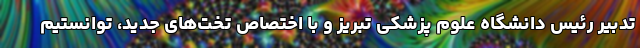
تدبیر رئیس دانشگاه علوم پزشکی تبریز و با اختصاص تخت‌های جدید، توانستیم